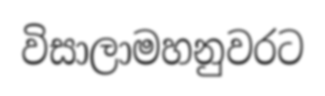
විසාලාමහනුවරට